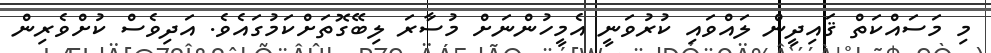
މި މަސައްކަތް ޤައިދީން ލައްވައި ކުރުވަނީ އެމީހުންނަށް މުސާރަ ލިބޭގޮތަށްކަމުގައެވެ. އަދިވެސް ކުށްވެރިން